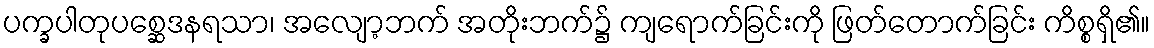
ပက္ခပါတုပစ္ဆေဒနရသာ၊ အလျော့ဘက် အတိုးဘက်၌ ကျရောက်ခြင်းကို ဖြတ်တောက်ခြင်း ကိစ္စရှိ၏။